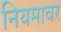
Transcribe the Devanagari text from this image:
नियमावर